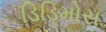
ડિડિમોસ